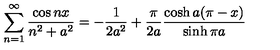
\sum _ { n = 1 } ^ { \infty } \frac { \cos n x } { n ^ { 2 } + a ^ { 2 } } = - \frac { 1 } { 2 a ^ { 2 } } + \frac { \pi } { 2 a } \frac { \cosh a ( \pi - x ) } { \sinh \pi a }